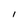
Character: 1